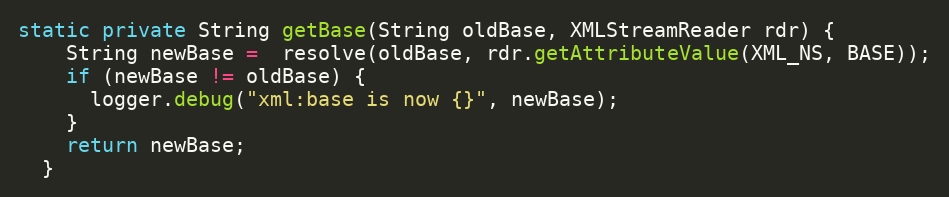
Language: Java
static private String getBase(String oldBase, XMLStreamReader rdr) {
    String newBase =  resolve(oldBase, rdr.getAttributeValue(XML_NS, BASE));
    if (newBase != oldBase) {
      logger.debug("xml:base is now {}", newBase);
    }
    return newBase;
  }